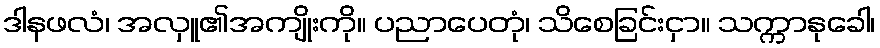
ဒါနဖလံ၊ အလှူ၏အကျိုးကို။ ပညာပေတုံ၊ သိစေခြင်းငှာ။ သက္ကာနုခေါ၊